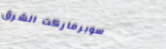
سوبرماركت الشرق